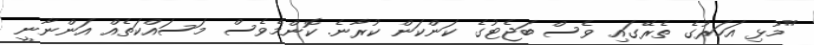
"މުޅި އަހަރުގެ ތެރޭގައި ވެސް ބަޖެޓުގެ ކަންކަން ކުރާނެ. ކޮންމެވެސް މަސައްކަތެއް އަންނާނީ